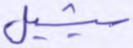
سيشيل